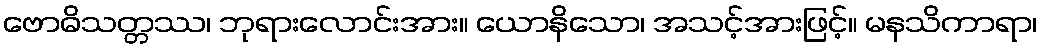
ဗောဓိသတ္တဿ၊ ဘုရားလောင်းအား။ ယောနိသော၊ အသင့်အားဖြင့်။ မနသိကာရာ၊